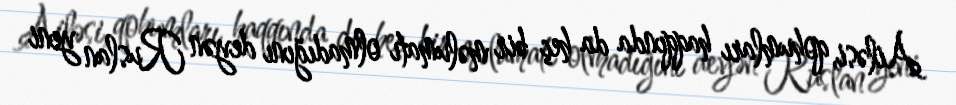
Ailəsi, qohumları haqqında da heç bir məlumatı olmadığını deyən Ruslan yeni